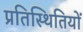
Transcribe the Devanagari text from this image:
प्रतिस्थितियों